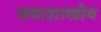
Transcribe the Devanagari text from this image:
समाशास्त्रीय